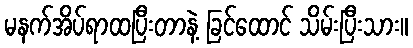
မနက်အိပ်ရာထပြီးတာနဲ့ ခြင်ထောင် သိမ်းပြီးသား။